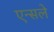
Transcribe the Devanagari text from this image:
एन्सले